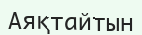
Аяқтайтын